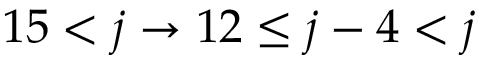
1 5 < j \to 1 2 \leq j - 4 < j